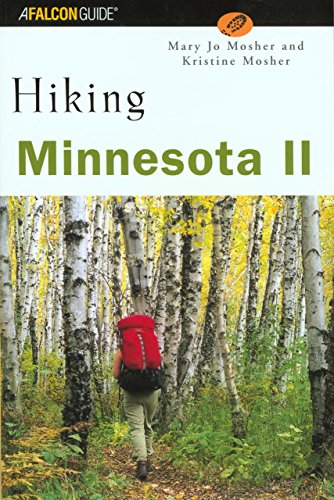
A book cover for Hiking Minnesota II (State Hiking Guides Series); Mary Jo Mosher; Travel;